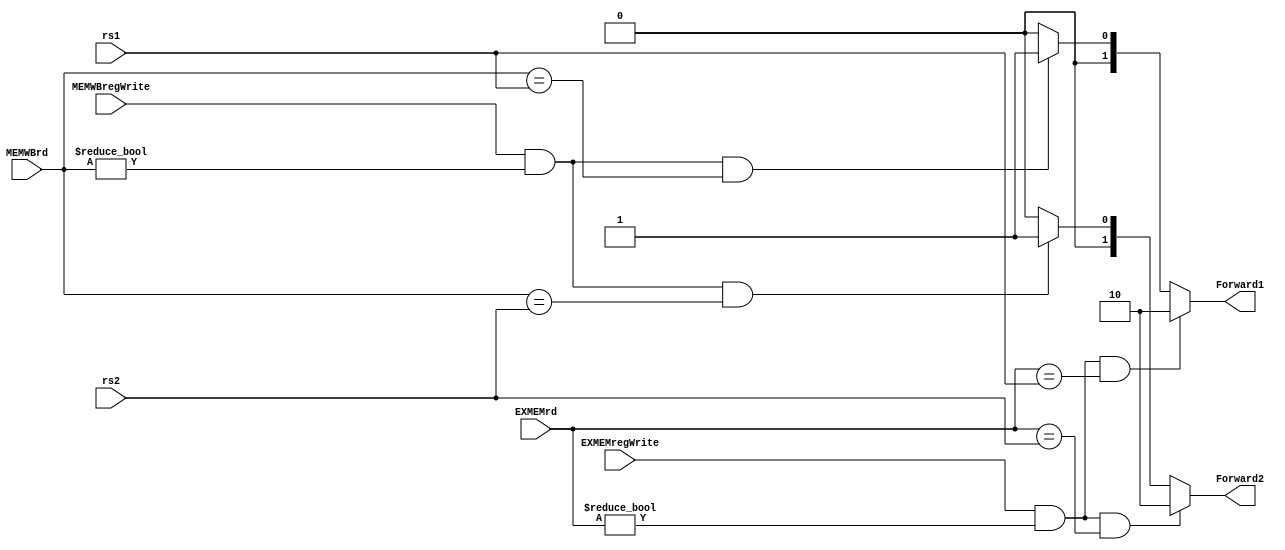
module ForwardingUnit
  (
  input [4:0] rs1,
  input [4:0] rs2,
  input [4:0] EXMEMrd, 
  input [4:0] MEMWBrd,
  input EXMEMregWrite,
  input MEMWBregWrite,
  output reg [1:0] Forward1,
  output reg [1:0] Forward2 
  );
  
  always @ (*)
  begin

   if (EXMEMregWrite && EXMEMrd != 5'b0 && EXMEMrd == rs1)
      begin
        Forward1 = 2'b10;
      end
      
    else if (MEMWBregWrite && MEMWBrd != 5'b0 && MEMWBrd == rs1)
      begin
       Forward1 = 2'b01;
      end 
    else 
      begin
      Forward1 = 2'b00; 
      end 
    
   if (EXMEMregWrite && EXMEMrd != 5'b0 && EXMEMrd == rs2)
      begin
        Forward2 = 2'b10;
      end
      
    else if (MEMWBregWrite && MEMWBrd != 5'b0 && MEMWBrd == rs2)
      begin
       Forward2 = 2'b01;
      end 
    else 
      begin
      Forward2 = 2'b00; 
      end 
  end
endmodule